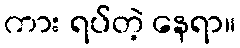
ကား ရပ်တဲ့ နေရာ။